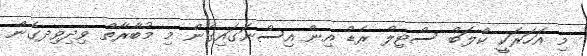
މި އަހަރަކީ ކްލަބް ސްޓިލް ރެޑް އިން އިސްނަގައިގެން މި މުބާރާތް ވިދިވިދގެން